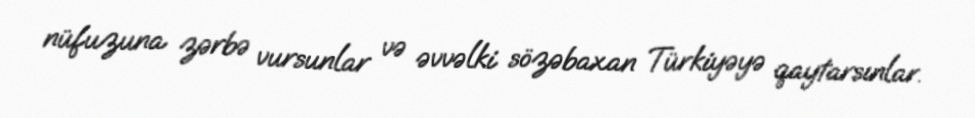
nüfuzuna zərbə vursunlar və əvvəlki sözəbaxan Türkiyəyə qaytarsınlar.